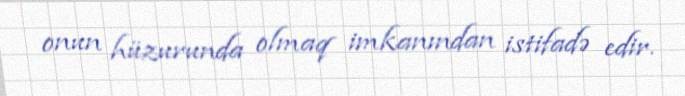
onun hüzurunda olmaq imkanından istifadə edir.